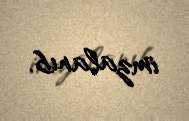
imzalanıb.